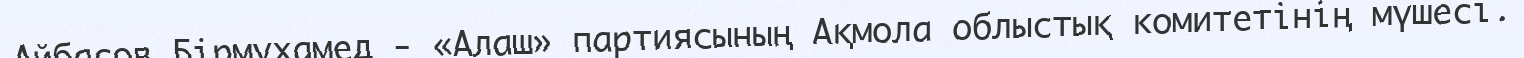
Айбасов Бірмұхамед - «Алаш» партиясының Ақмола облыстық комитетінің мүшесі.